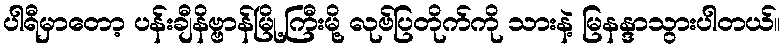
ပါရီမှာတော့ ပန်းချီနိဗ္ဗာန်မြို့ကြီးမို့ လုဗ်ပြတိုက်ကို သားနဲ့ မြနန္ဒာသွားပါတယ်။